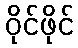
ဝိုင်ဖိုင်